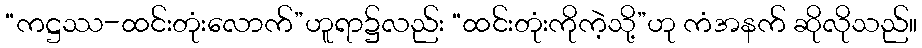
“ကဋ္ဌဿ-ထင်းတုံးလောက်”ဟူရာ၌လည်း “ထင်းတုံးကိုကဲ့သို့”ဟု ကံအနက် ဆိုလိုသည်။